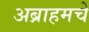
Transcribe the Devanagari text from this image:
अब्राहमचे